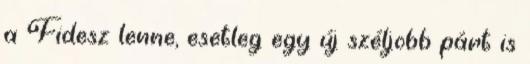
a Fidesz lenne, esetleg egy új széljobb párt is